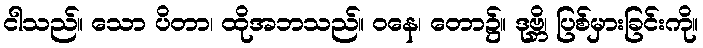
ငါသည်။ သော ပိတာ၊ ထိုအဘသည်။ ဝနေ၊ တော၌။ ဒုဗ္ဘိ၊ ပြစ်မှားခြင်းကို။